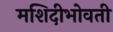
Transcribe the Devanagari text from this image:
मशिदीभोवती